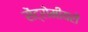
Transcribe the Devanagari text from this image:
सेंट्रोमीयरों